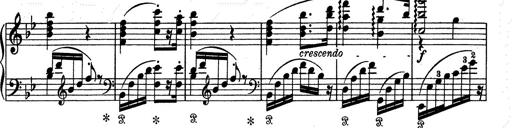
Title: Aus Lohengrin
Composer: Franz Liszt